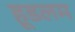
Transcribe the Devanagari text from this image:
हूडलम